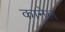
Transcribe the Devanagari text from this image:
कानेल